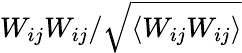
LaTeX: W_{ij}W_{ij}/\sqrt{\langle W_{ij}W_{ij}\rangle}